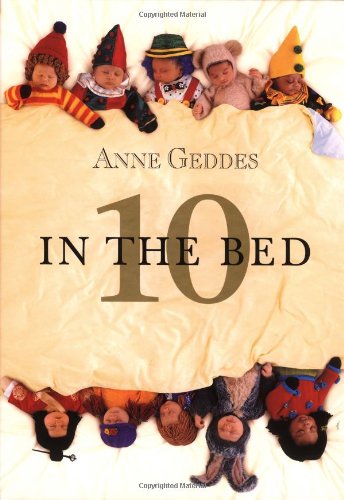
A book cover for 10 in the Bed; Anne Geddes; Arts & Photography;